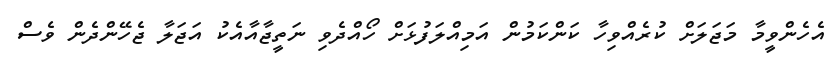
އެހެންވީމާ މަޖަލަށް ކުރެއްވިހާ ކަންކަމުން އަމިއްލަފުޅަށް ހޯއްދެވި ނަތީޖާއާއެކު އަޖަލާ ޖެހޭންދެން ވެސް